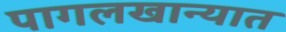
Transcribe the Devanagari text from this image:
पागलखान्यात